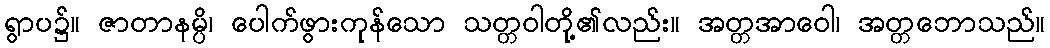
ရွာပ၌။ ဇာတာနမ္ပိ၊ ပေါက်ဖွားကုန်သော သတ္တဝါတို့၏လည်း။ အတ္တအာဝေါ၊ အတ္တဘောသည်။